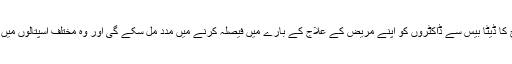
ڈاکٹر جیرارڈ مارٹن کہتے ہیں کہ دل کے نقص میں مبتلا بچوں کے ٹیوب کے ذریعے طریقہ علاج کا ڈیٹا بیس سے ڈاکٹروں کو اپنے مریض کے علاج کے بارے میں فیصلہ کرنے میں مدد مل سکے گی اور وہ مختلف اسپتالوں میں ایسے مریضوں کے طویل عرصے تک جانے والے ریکارڈ سے بہتر فیصلے تک پہنچ سکیں گے۔